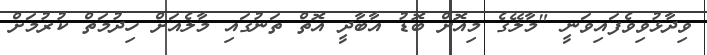
ވިދާޅުވިވެފައިވަނީ "މާލޭގެ މިއޮށް ބޮޑު އާބާދީ އޮތް ތަނުގައި މާލެއަށް ހިދުމަތް ކުރުމަށް